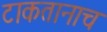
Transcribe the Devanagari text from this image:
टाकतानाच